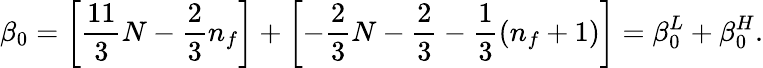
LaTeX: \beta_{0}=\left[\frac{11}{3}N-\frac{2}{3}n_{f}\right]+\left[-\frac{2}{3}N-\frac{2}{3}-\frac{1}{3}(n_{f}+1)\right]=\beta_{0}^{L}+\beta_{0}^{H}.